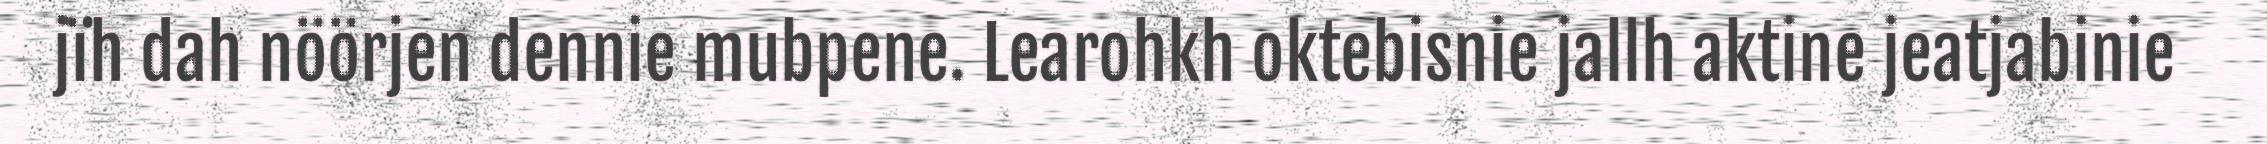
jïh dah nöörjen dennie mubpene. Learohkh oktebisnie jallh aktine jeatjabinie